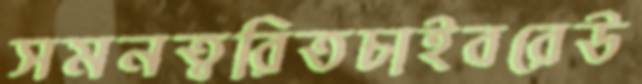
সমনত্বরিতচাইবরেউ